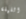
الليلة